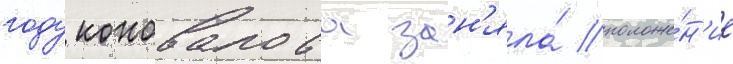
году коновалова зан'яла́ положе́н'ие